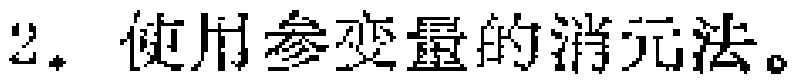
2. 使用参变量的消元法。